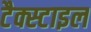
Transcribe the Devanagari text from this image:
टैक्स्टाइल